画像に写った文字を読んでください
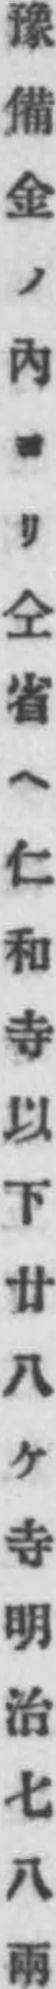
「豫備金ノ內ヨリ仝省ヘ仁和寺以下廿八ケ寺明治七八兩」と書いてあります